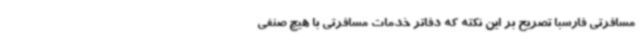
مسافرتی فارسبا تصریح بر این نکته که دفاتر خدمات مسافرتی با هیچ صنفی